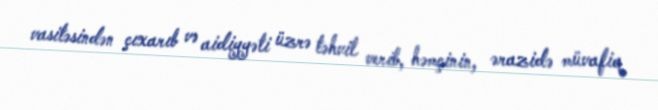
vasitəsindən çıxarıb və aidiyyəti üzrə təhvil verib, həmçinin, ərazidə müvafiq